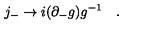
j _ { - } \to i ( \partial _ { - } g ) g ^ { - 1 } \quad .